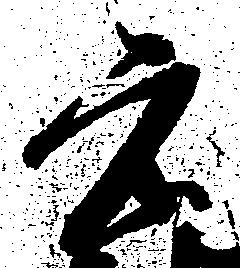
元